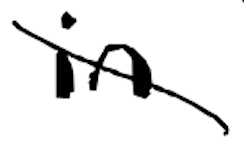
Text: in
Cross-out: diagonal
Writing tool: digital_black